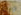
وينغ